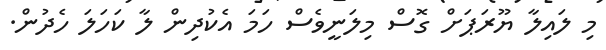
މި ލައިލާ ޔޫރަޕަށް ގޮސް މިލަނީވެސް ހަމަ އެކުދިން ލާ ކަހަލަ ހެދުން.